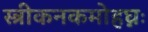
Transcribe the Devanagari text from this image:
स्त्रीकनकमोहघ्नः